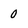
Character: 0